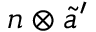
n \otimes { \tilde { a } } ^ { \prime }